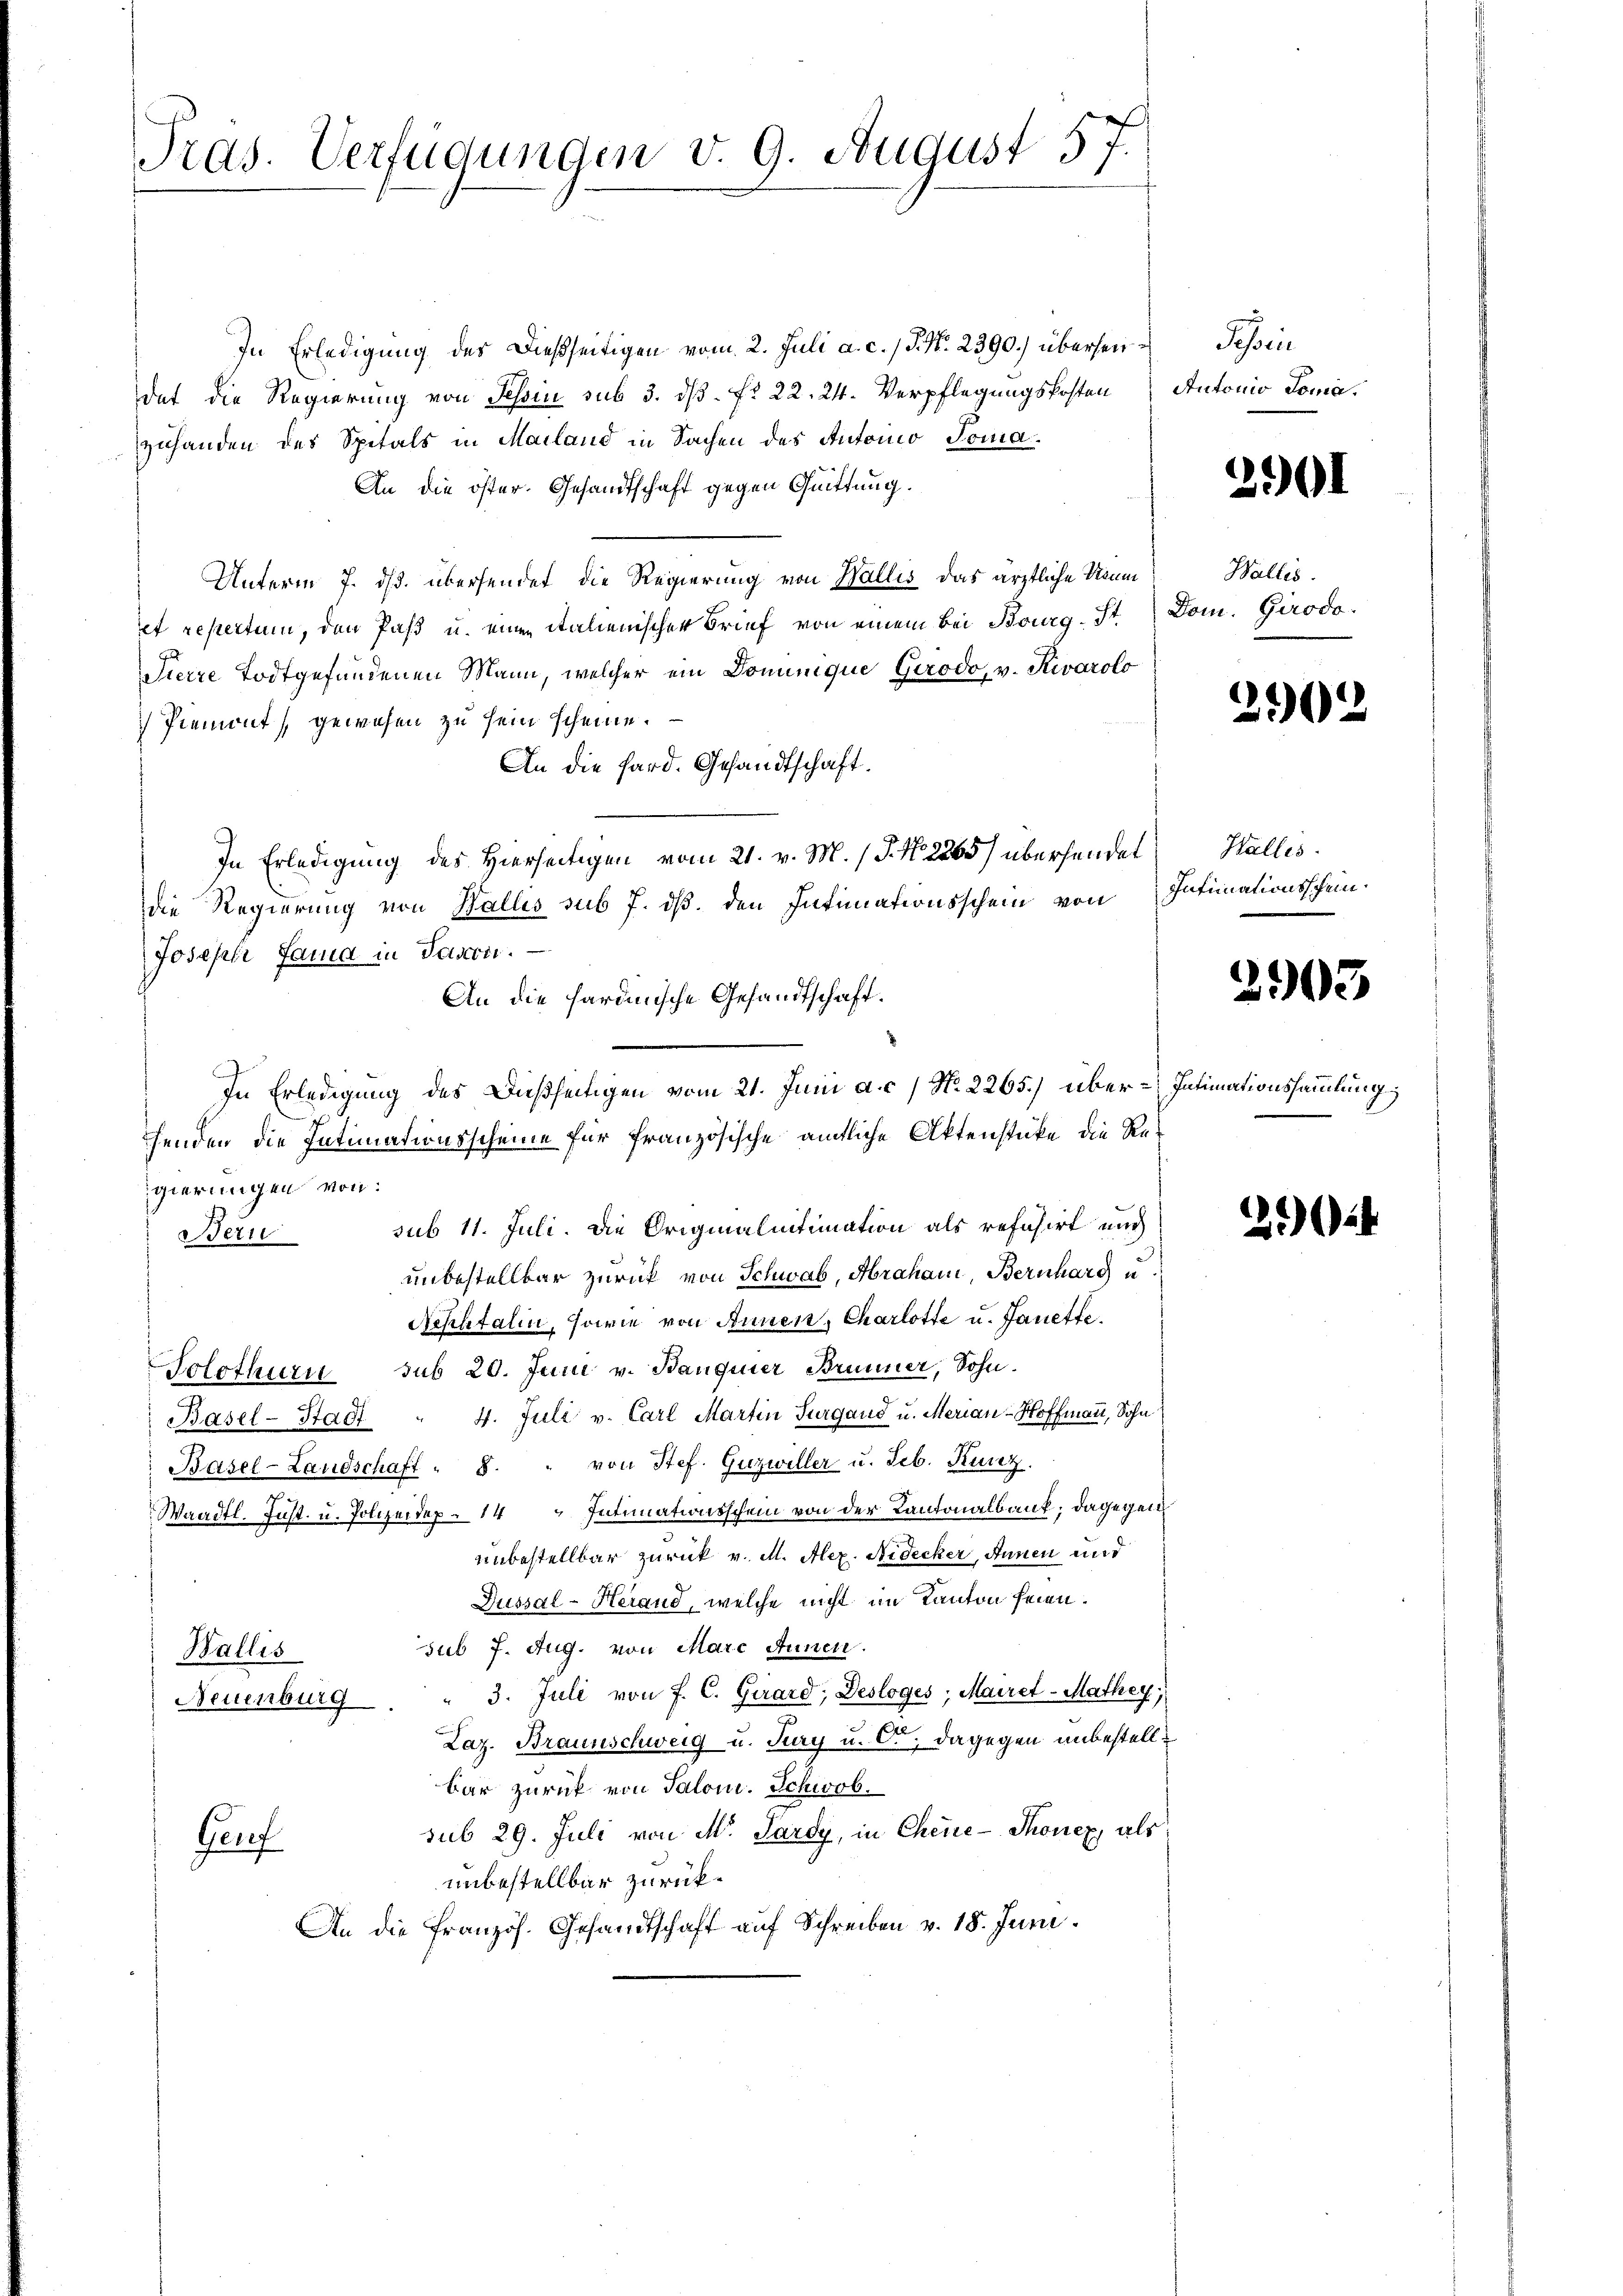
Pras. Verfügungen v. 9. August 57.

In Erledigung des dießseitigen vom 2. Juli a. c. 1 S. Nr. 2390.) überseidat die Regierung von Tessin sub 3. ds. f. 22. 24. Verpflegungskosten
zuhanden des Spitals in Mailand in Sachen des Antoino Toma
An die öster. Gesandtschaft gegen Quittung.
Unterm 7. ds. übersendet die Regierung von Wallis das ärztliche Neŭm Wallis.
et repertum, den Paß u. einen italienischer Brief von einem bei Bourg. St
Sierre Todtgefundenen Mann, welcher ein Dominique Gerodo, v. Rivarolo
 Piemont gewesen zu sein scheine.
An die Hard. Gesandtschaft.
In Erledigung des Hierseitigen vom 21. v. M. (T. No. 2265) übersendet
die Regierung von Wallis sub 7. ds. den Intimationsschein von
Joseph Jama in Pason.
An die hardinische Gesandtschaft.
In Erledigung des Dießseitigen vom 21. Juni a. c. No. 2265.) überhenden die Intimationsscheine für französische amtliche Aktenstüke die Re
gierungen von
Bern sub 11. Juli. Die Originalintimation als refasirt und
unbestellbar zurück von Schwab, Abraham Bernhard u
Nephtalin, sowie von Annen, Charlotte u. Janette.
Solothurn sub 20. Juni v. Banquier Brunner, Sohn.
Basel-Stadt " 4. Juli v. Carl Martin Turgaud u. Merian-Hoffmann, Sohn
Basel-Landschaft " 8. " von Stef. Guzwiller u. Feb. Kurz.
Waadt. Just. u. Polizeidep. 14 " Intimationsschein von der Kantonalbaut; dagegen
unbestellbar zurück v. M. Alex. Nidecker, Annen und
Jussal-Herand, welche nicht im Kanton seien.
sub 7. Aug. von Marc Annen.
Wallis
" 3. Juli von F. C. Girard, Desloges, Mairet-Mathey
Neuenburg
Laz. Braunschweig u. Jury u. O., dagegen unbestell
bar zurück von Saloni. Schwob.
sub 29. Juli von M. Pardy, in Cheie-Thonez, als
Genf
unbestellbar zurück¬
An die Französ. Gesandtschaft auf Schreiben v. 18. Juni

Schrie
Autonio doma.

2101

Dom. Girodo.

2902

Halles.
Intimationsschein.

2903

Intimationssammlung

2